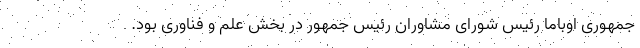
جمهوری اوباما رئیس شورای مشاوران رئیس جمهور در بخش علم و فناوری بود.